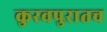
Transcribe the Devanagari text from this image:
कुरवपुरातच